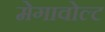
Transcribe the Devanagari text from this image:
मेगावोल्ट